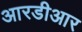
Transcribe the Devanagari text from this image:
आरडीआर